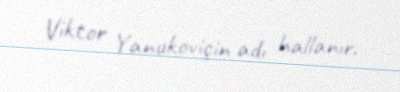
Viktor Yanukoviçin adı hallanır.